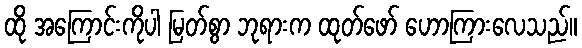
ထို အကြောင်းကိုပါ မြတ်စွာ ဘုရားက ထုတ်ဖော် ဟောကြားလေသည်။